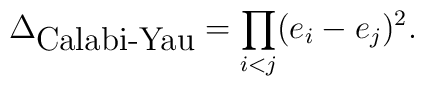
\Delta_{\hbox {Calabi-Yau}}=\prod_{i<j}(e_i-e_j)^2.